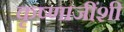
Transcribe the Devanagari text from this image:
कृष्णाजींशी